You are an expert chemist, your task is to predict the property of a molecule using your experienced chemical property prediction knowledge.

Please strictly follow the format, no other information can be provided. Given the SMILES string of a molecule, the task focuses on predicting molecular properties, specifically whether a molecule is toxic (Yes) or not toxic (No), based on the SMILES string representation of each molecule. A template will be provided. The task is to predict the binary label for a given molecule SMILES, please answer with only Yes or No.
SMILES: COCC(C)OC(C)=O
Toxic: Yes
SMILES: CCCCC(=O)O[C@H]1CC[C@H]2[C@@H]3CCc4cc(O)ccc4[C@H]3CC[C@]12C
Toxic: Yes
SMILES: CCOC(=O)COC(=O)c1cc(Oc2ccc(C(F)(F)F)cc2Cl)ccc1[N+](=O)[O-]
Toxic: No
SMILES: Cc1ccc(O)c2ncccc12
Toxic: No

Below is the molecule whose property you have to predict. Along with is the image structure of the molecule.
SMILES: CCOP(=O)(NC(C)C)Oc1ccc(SC)c(C)c1
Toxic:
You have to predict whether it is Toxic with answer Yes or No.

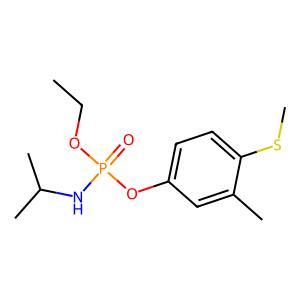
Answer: No